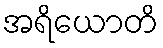
အရိယောတိ